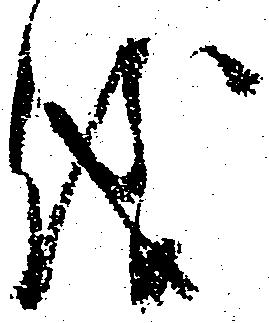
儀